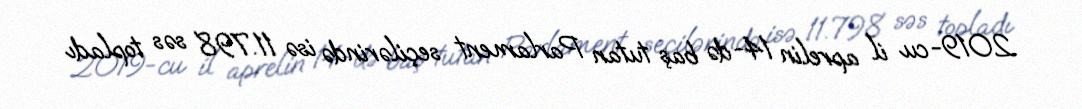
2019-cu il aprelin 14-də baş tutan Parlament seçilərində isə 11.798 səs topladı